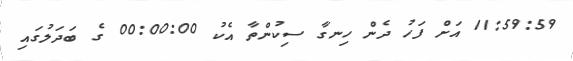
11:59:59 އަށް ފަހު ދެން ހިނގާ ސިކުންތާ އެކު 00:00:00 ގެ ބަދަލުގައި